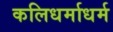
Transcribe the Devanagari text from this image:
कलिधर्माधर्म